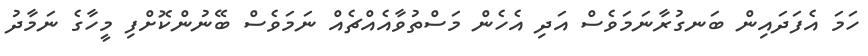
ހަމަ އެފަދައިން ބަނގުރާނަމަވެސް އަދި އެހެން މަސްތުވާއެއްޗެއް ނަމަވެސް ބޭނުންކޮށްފި މީހާގެ ނަމާދު